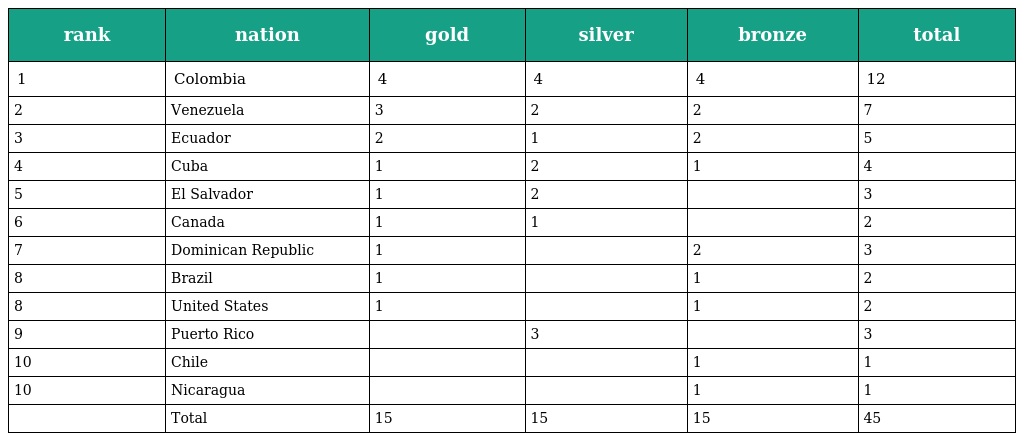
| rank | nation | gold | silver | bronze | total |
 | --- | --- | --- | --- | --- | --- |
 | 1 | Colombia | 4 | 4 | 4 | 12 |
 | 2 | Venezuela | 3 | 2 | 2 | 7 |
 | 3 | Ecuador | 2 | 1 | 2 | 5 |
 | 4 | Cuba | 1 | 2 | 1 | 4 |
 | 5 | El Salvador | 1 | 2 |  | 3 |
 | 6 | Canada | 1 | 1 |  | 2 |
 | 7 | Dominican Republic | 1 |  | 2 | 3 |
 | 8 | Brazil | 1 |  | 1 | 2 |
 | 8 | United States | 1 |  | 1 | 2 |
 | 9 | Puerto Rico |  | 3 |  | 3 |
 | 10 | Chile |  |  | 1 | 1 |
 | 10 | Nicaragua |  |  | 1 | 1 |
 |  | Total | 15 | 15 | 15 | 45 |